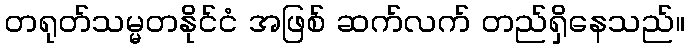
တရုတ်သမ္မတနိုင်ငံ အဖြစ် ဆက်လက် တည်ရှိနေသည်။